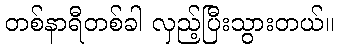
တစ်နာရီတစ်ခါ လှည့်ပြီးသွားတယ်။